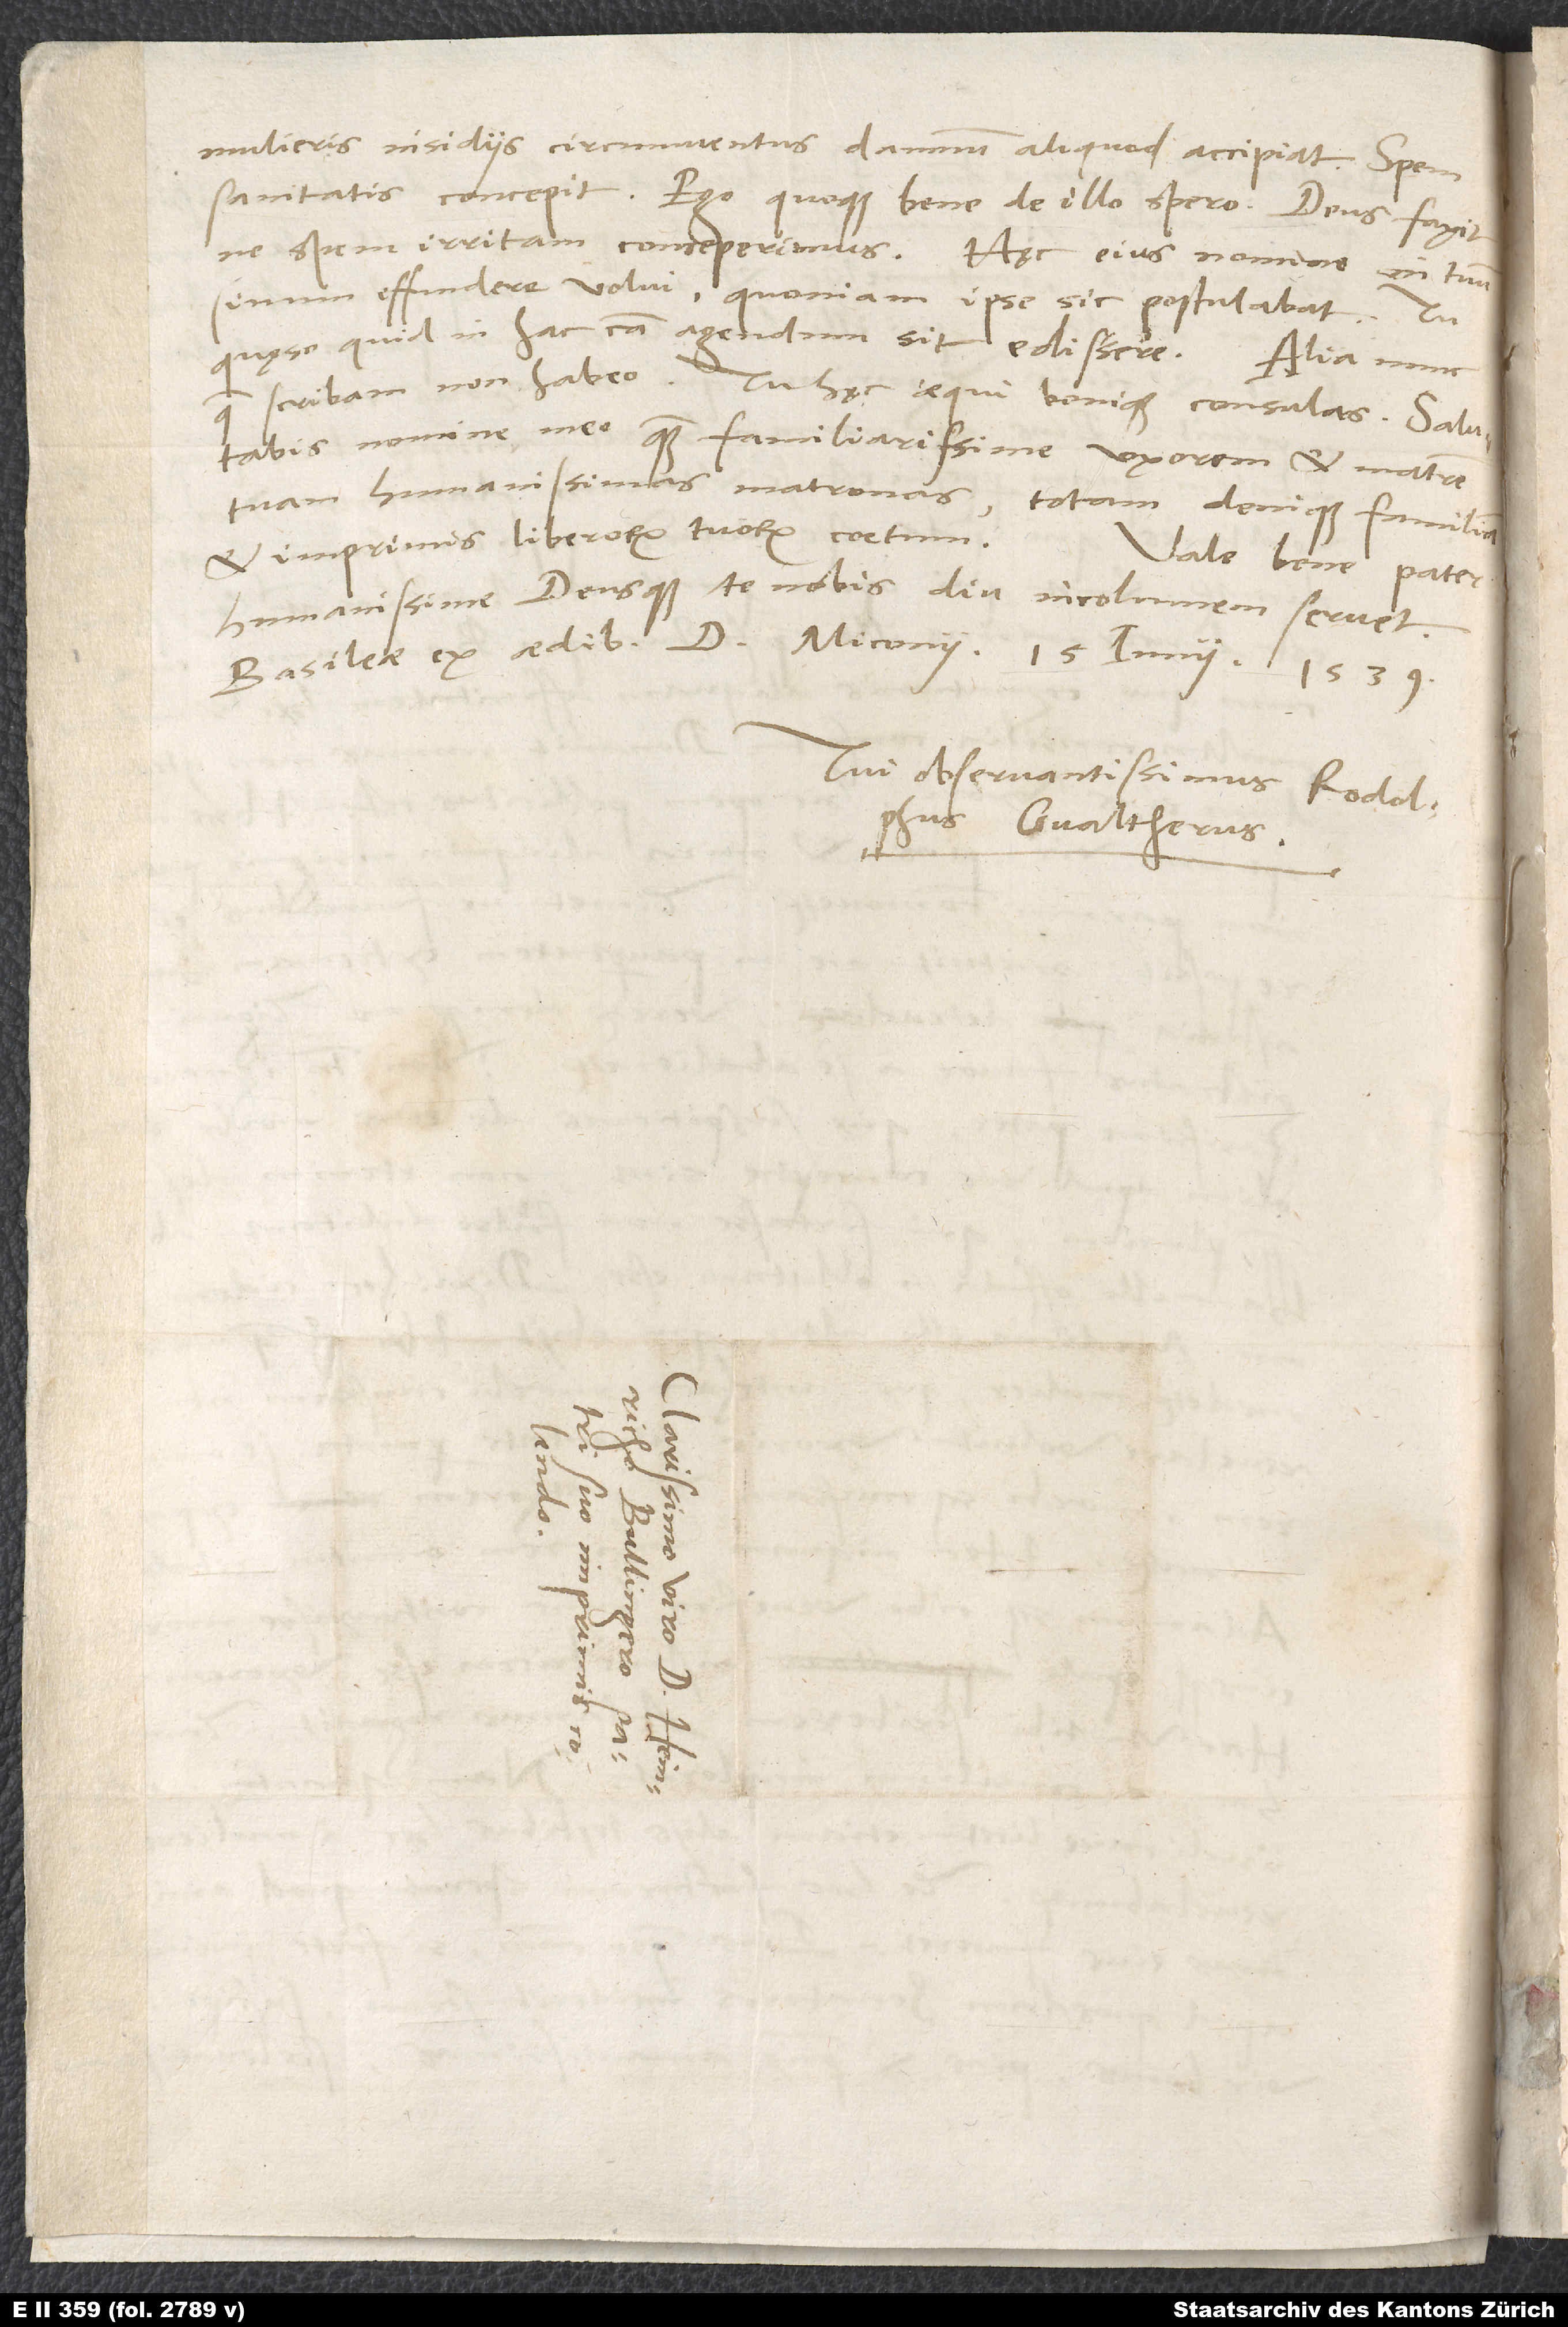
mulieris insidiis circumventus damnum aliquod accipiat. Spem
sanitatis concepit. Ego quoque bene de illo spero. Deus faxit,
ne spem irritam conceperimus. Hęc eius nomine in tuum
sinum effundere volui, quoniam ipse sic postulabat. Tu,
quęso, quid in hac causa agendum sit, edissere.
quae scribam, non habeo. Tu hęc aequi bonique consulas. Salutabis
nomine meo quam familiarissime uxorem et matrem
tuam, humanissimas matronas, totam denique familiam
et imprimis liberorum tuorum coetum. Vale bene, pater
humanissime, deusque te nobis diu incolumem servet.
Basileae, ex aedibus d. Miconii, 15. iunii 1539.
Tui observantissimus Rodolphus
Gvaltherus.